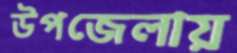
উপজেলায়